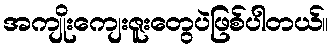
အကျိုးကျေးဇူးတွေပဲဖြစ်ပါတယ်။